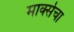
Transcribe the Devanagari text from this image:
मार्क्सचा